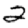
Digit: 2